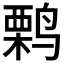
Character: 𫛽